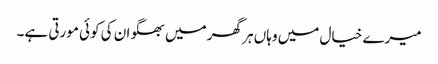
میرے خیال میں وہاں ہر گھر میں بھگوان کی کوئی مورتی ہے۔